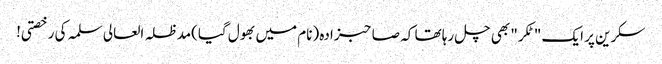
سکرین پر ایک "ٹکر" بھی چل رہا تھا کہ صاحبزادہ (نام میں بھول گیا)مدظلہ العالی سلمہ کی رخصتی!